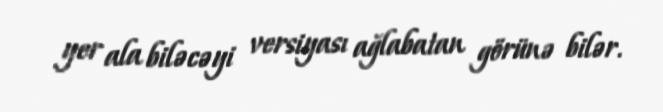
yer ala biləcəyi versiyası ağlabatan görünə bilər.